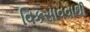
વિકસાવવાથી